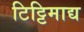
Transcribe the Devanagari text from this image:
टिट्टिमाद्य